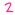
Text: 2